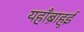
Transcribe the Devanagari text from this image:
यहाँब्राहुई